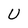
Character: U